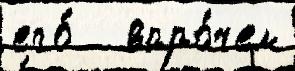
его́   впро́чем